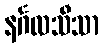
နင်္ဂလသီသာ